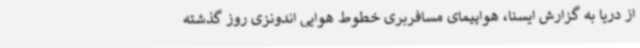
از دریا به گزارش ایسنا، هواپیمای مسافربری خطوط هوایی اندونزی روز گذشته